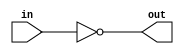
module f2_test_4(input in, output out);
assign out = ~in;
endmodule